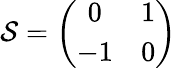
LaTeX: \mathcal{S}=\left(\begin{array}{cc}{{0}}&{{1}}\\ {{-1}}&{{0}}\end{array}\right)